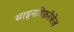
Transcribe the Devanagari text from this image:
साइनडिफ़रेंसेज़